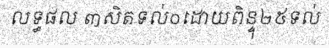
លទ្ធផល ៣សិតទល់០ដោយពិន្ទុ២៥ទល់